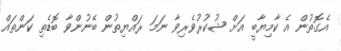
އެގޮތުން އެ ކާމިޔާބީ އަށް ޝުކުރުވެރިވާ ނަމަ ރައްޔިތުން ބޭނުންވާ ބޮޑެތި ކަންތައް